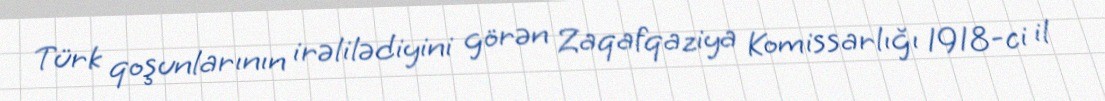
Türk qoşunlarının irəlilədiyini görən Zaqafqaziya Komissarlığı 1918-ci il